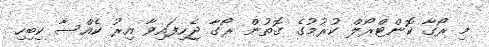
މި ރޯގާ ކޮންޓްރޯލް ކުރުމުގެ ގޮތުން ރޯގާ ޖެހިފައިވާ އިރު ކެއްސާ ކިބިހި